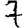
Digit: 7